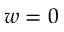
w = 0